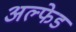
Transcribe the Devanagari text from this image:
अल्फेड